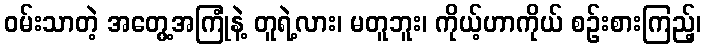
ဝမ်းသာတဲ့ အတွေ့အကြုံနဲ့ တူရဲ့လား၊ မတူဘူး၊ ကိုယ့်ဟာကိုယ် စဉ်းစားကြည့်၊